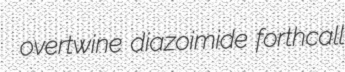
overtwine diazoimide forthcall